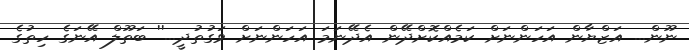
ނޫން... އަޒްޔާން އަހަންނަށް ކަމެއްކޮށްދޭން އެދޭނަމަ އަހަންނަށް ވަގުތުދީ...'' ބަތޫލް އޭނަގެ ހިތުގެ